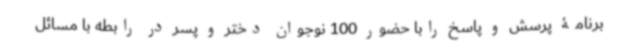
برنامۀ پرسش و پاسخ رابا حضور 100 نوجوان دختر و پسر در رابطه با مسائل